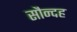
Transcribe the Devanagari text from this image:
सौन्दह